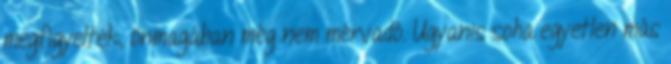
megfigyelték, önmagában még nem mérvadó. Ugyanis soha egyetlen más